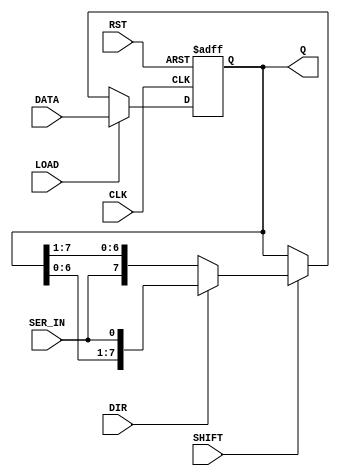
module shift_reg(
    input CLK,
    input RST, 
    input SHIFT, 
    input LOAD, 
    input DIR, 
    input [7:0] DATA, 
    input SER_IN,
    output reg[7:0] Q);

    always@(posedge CLK or posedge RST) begin
        if(RST)
            Q <= 8'b0;
        else if(LOAD)
            Q <= DATA;
        else if(SHIFT) 
            Q <= DIR ?{Q[6:0], SER_IN}:{SER_IN, Q[7:1]};
        else
            ;
    end

endmodule